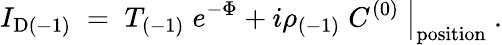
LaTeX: I_{\mathrm{D}(-1)}\; =\; \left.T_{(-1)}\; e^{-\Phi}+i\rho_{(-1)}\; C^{(0)}\ \right|_{\mathrm{position}}\ .